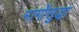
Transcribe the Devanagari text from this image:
मार्गोसुद्धा